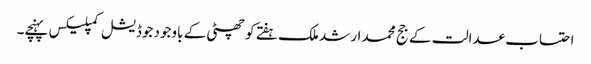
احتساب عدالت کے جج محمد ارشد ملک ہفتے کو چھٹی کے باوجود جوڈیشل کمپلیکس پہنچے۔